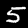
Digit: 5